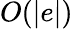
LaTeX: O(|e|)